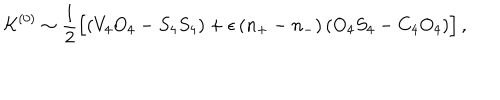
{ \cal K } ^ { ( 0 ) } \sim \frac { 1 } { 2 } \Big [ ( V _ { 4 } O _ { 4 } - S _ { 4 } S _ { 4 } ) + \epsilon \, ( n _ { + } - n _ { - } ) \, ( O _ { 4 } S _ { 4 } - C _ { 4 } O _ { 4 } ) \Big ] \, ,